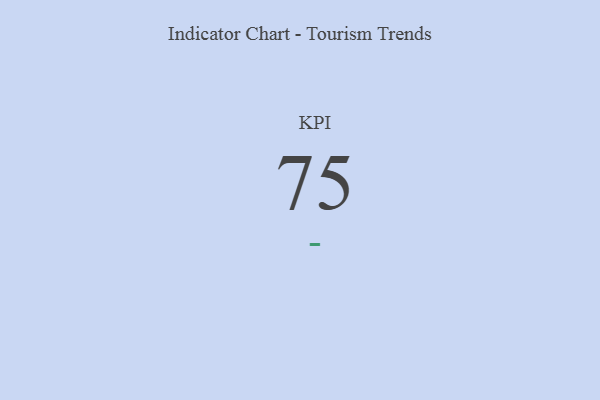
{"axis": {"x": "KPI", "y": "Value"}, "legend": [""], "data": [{"x": "KPI", "y": 75, "type": ""}]}